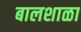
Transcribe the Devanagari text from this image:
बालशाळा